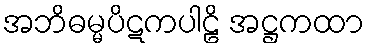
အဘိဓမ္မပိဋကပါဠိ အဋ္ဌကထာ